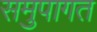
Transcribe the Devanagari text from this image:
समुपागत